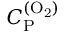
C _ { \mathrm { P } } ^ { \mathrm { ( O _ { 2 } ) } }